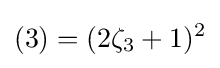
(3)=(2\zeta _{3}+1)^{2}